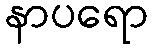
နာပရော